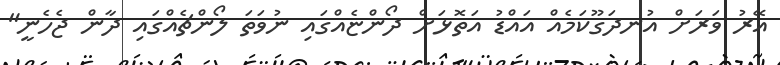
އޭރު ވަރަށް އުނދަގޫކަމެއް އައްޑު އަތޮޅަށް ދޯންޏެއްގައި ނުވަތަ ލޯންޗެއްގައި ދާން ޖެހެނީ"